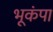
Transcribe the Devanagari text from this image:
भूकंपा